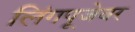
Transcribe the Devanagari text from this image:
लिंगपूजेवर